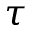
\tau